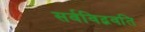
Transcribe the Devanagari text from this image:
सर्वविद्भवति